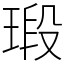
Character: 瑖